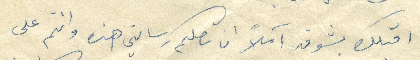
اكتب بشوق آملًا ان تصلك رسالتي هذه وانتم على